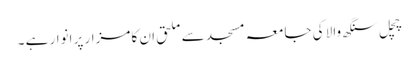
چچل سنگھ والا کی جامعہ مسجد سے ملحق ان کا مزار پر انوار ہے ۔